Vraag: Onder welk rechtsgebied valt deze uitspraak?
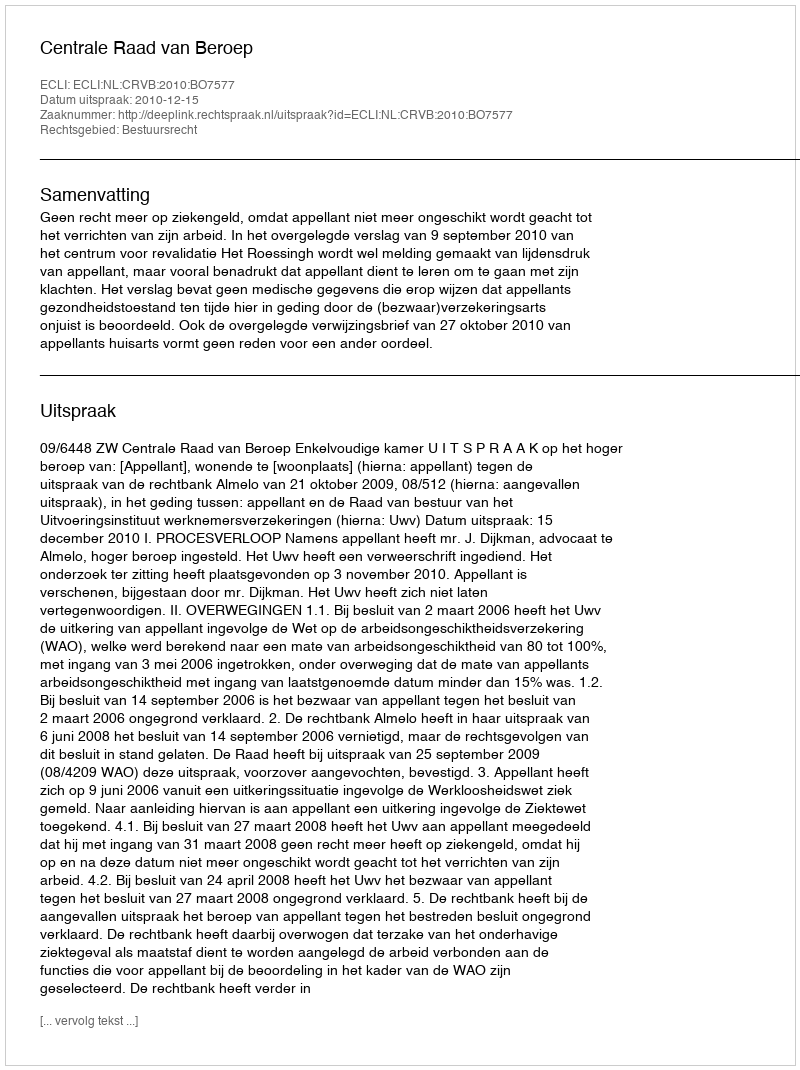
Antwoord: Bestuursrecht